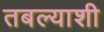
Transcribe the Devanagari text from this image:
तबल्याशी